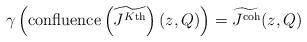
LaTeX: \begin{align*} \gamma \left( \textnormal{confluence}\left(\widetilde{J^{K\textnormal{th}}}\right)(z,Q) \right) = \widetilde{J^\textnormal{coh}}(z,Q) \end{align*}